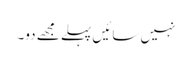
نہیں سائیں پہلے مجھے دو۔